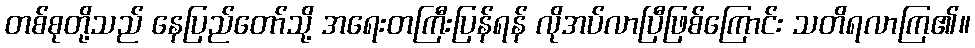
တစ်စုတို့သည် နေပြည်တော်သို့ အရေးတကြီးပြန်ရန် လိုအပ်လာပြီဖြစ်ကြောင်း သတိရလာကြ၏။